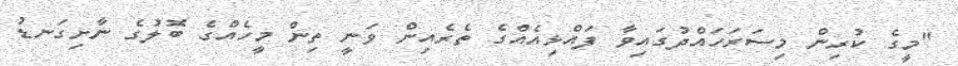
"މީގެ ކުރިން މިސަރަހައްދުގައިވާ ފައްޅިއެއްގެ ތެރެއިން ވަނީ ތިން މީހެއްގެ ބޮލުގެ ނާށިގަނޑު